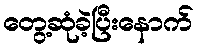
တွေ့ဆုံခဲ့ပြီးနောက်